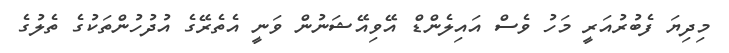
މިދިޔަ ފެބުރުއަރީ މަހު ވެސް އައިލެންޑް އޭވިއޭޝަނުން ވަނީ އެތެރޭގެ އުދުހުންތަކުގެ ތެލުގެ